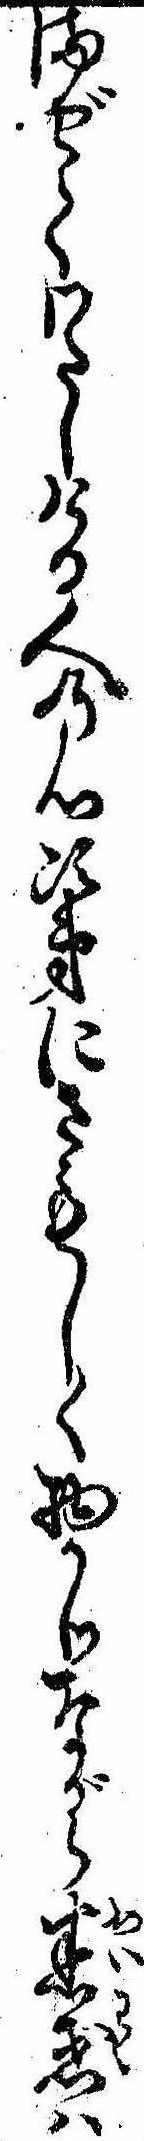
まぜてわたしける人の心次第にさもしく物かりながら迷惑は